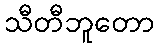
သီတီဘူတော